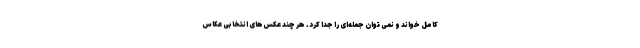
کامل خواند و نمی توان جمله‌ای را جدا کرد. هر چند عکس‌های انتخابی عکاس